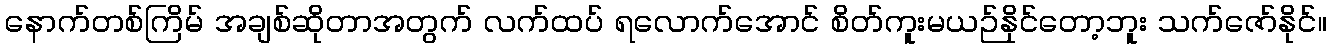
နောက်တစ်ကြိမ် အချစ်ဆိုတာအတွက် လက်ထပ် ရလောက်အောင် စိတ်ကူးမယဉ်နိုင်တော့ဘူး သက်ဇော်နိုင်။